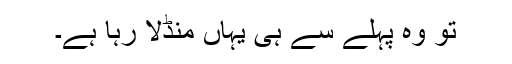
تو وہ پہلے سے ہی یہاں منڈلا رہا ہے۔